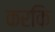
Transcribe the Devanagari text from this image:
करकि